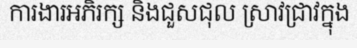
ការងារអភិរក្ស និងជួសជុល ស្រាវជ្រាវក្នុង